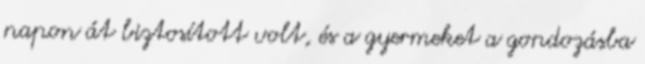
napon át biztosított volt, és a gyermeket a gondozásba